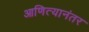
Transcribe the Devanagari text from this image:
आणित्यानंतर